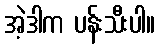
အဲ့ဒါက ပန်းသီးပါ။